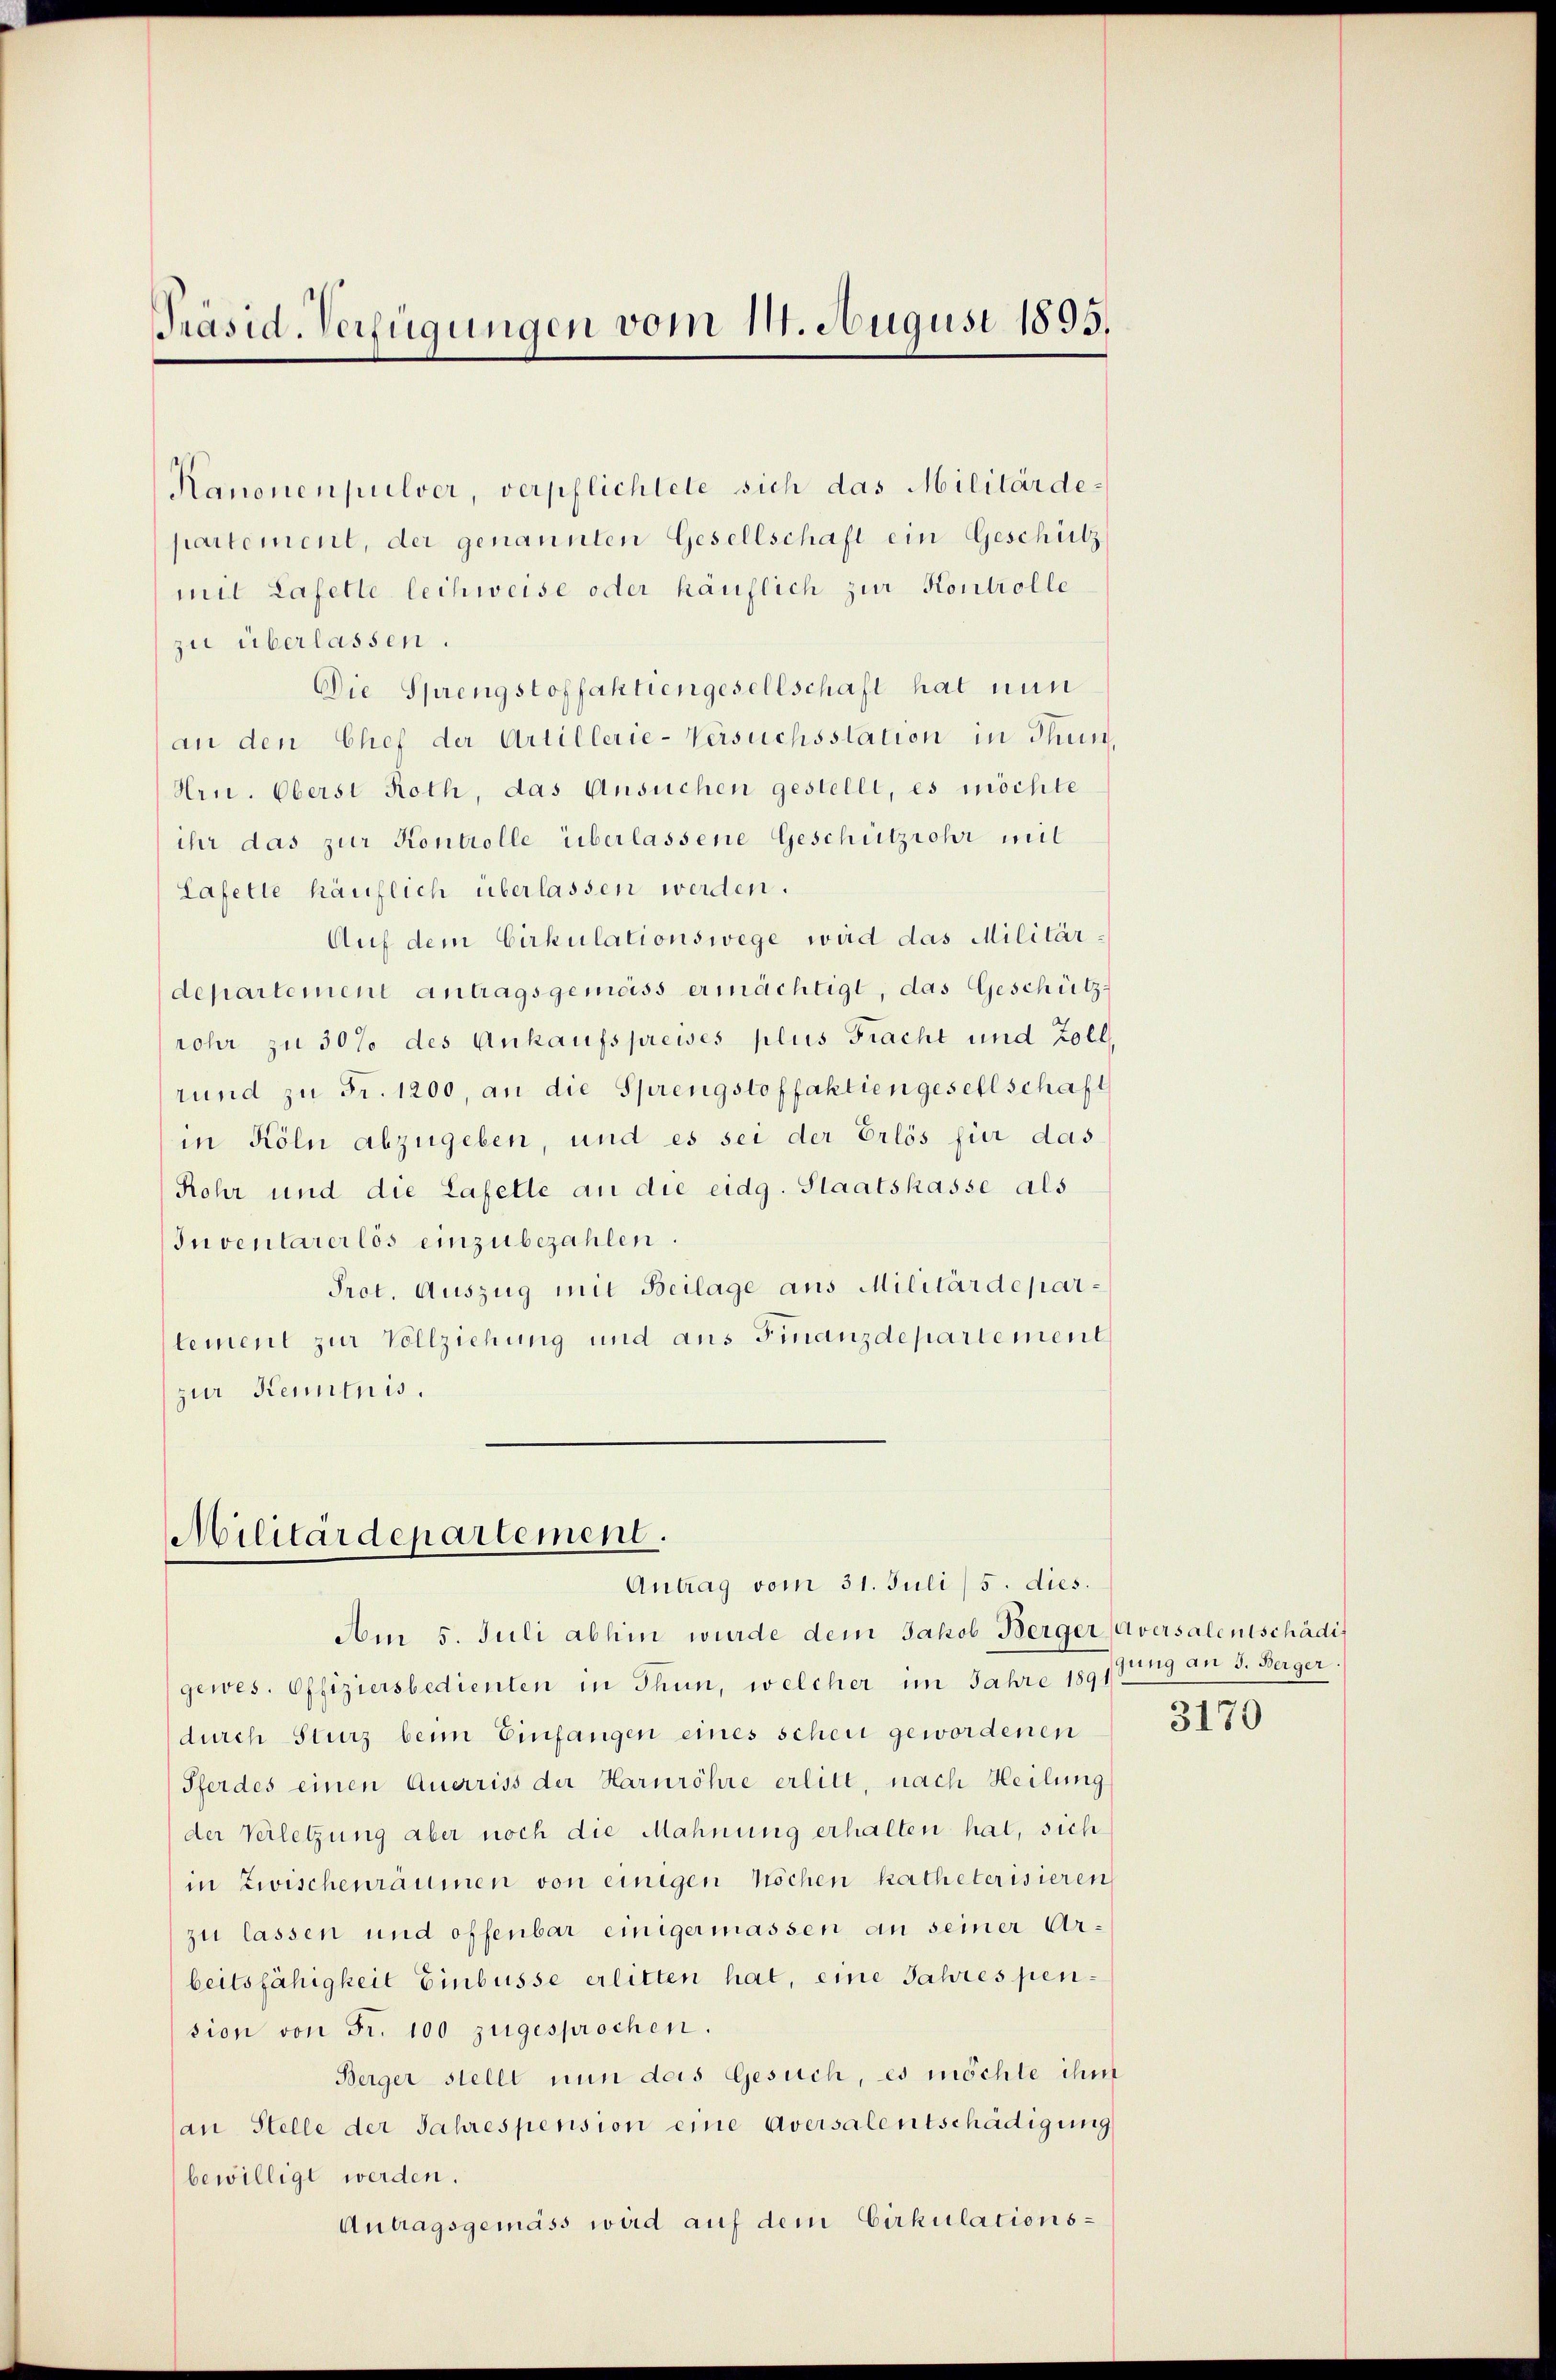
Präsid-Verfügungen vom 11. August 1895.

Kanonen pulver, verpflichtete sich das Militärdepartement, der genannten Gesellschaft ein Geschütz
mit Lasette lechweise oder käuflich zur Kontrolle
zu überlassen.
Die Sprengstoffaktiengesellschaft hat nun
an den Chef der Artillerie-Versuchsstation in Thun,
Hrn. Oberst Roth, das Ansuchen gestellt, es möchte
ihr das zur Kontrolle überlassene Geschützrohr mit
Lafelle häuflich überlassen werden.
Auf dem Cirkulationswege wird das Militärdepartement antragsgemäss ermächtigt, das Geschütz-
rohr zu 30% des Ankaufspreises plus Fracht und Zoll,
rund zŭ Fr. 1200, an die Sprengstoffaktiengesellschaft
in Köln abzugeben, und es sei der Erlös für das
Rohr und die Lafelle an die eidg. Staatskasse als
Inventarerlös einzubezahlen.
Prot. Auszug mit Beilage aus Militärdeparlement zur Vollziehung und aus Finanzdepartement
zur Kenntnis.

Militärdepartement.
Antrag vom 31. Juli/ 5. dies.

Am 5. Juli abhin wurde dem Jakob Berger Aversalentschädi
gewes. Offiziersbedienten in Thun, welcher im Jahre 1891
durch Sturz beim Einfangen eines scheit gewordenen
Pferdes einen Querriss der Harnröhre erlitt, nach Heilung
der Verletzung aber noch die Mahnung erhalten hat, sich
in Zwischenräumen von einigen Nöchen katheterisieren
zu lassen und offenbar einigermassen an seiner Arbeitsfähigkeit Einbüsse erlitten hat, eine Jahres pension von Fr. 100 zugesprochen.
Berger stellt nun des Gesuch, es möchte ihm
an Stelle der Jahrespension eine Aversalentschädigung
bewilligt werden.
Antragsgemäss wird auf dem Cirkulations¬

sung an 3. Berger.
3170